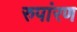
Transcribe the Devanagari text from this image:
रुपांरण